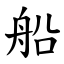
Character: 船